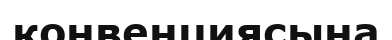
конвенциясына